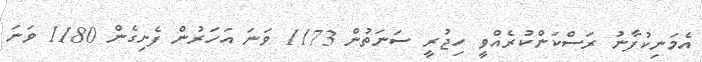
އެމަނިކުފާނު ރަސްކަންކުރެއްވީ ހިޖުރީ ސަނަތުން 1173 ވަނަ އަހަރުން ފެށިގެން 1180 ވަނަ